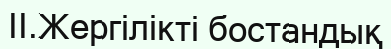
II.Жергілікті бостандық